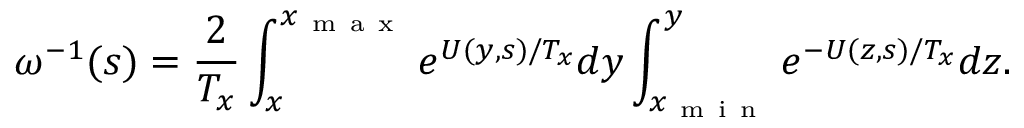
\omega ^ { - 1 } ( s ) = \frac { 2 } { T _ { x } } \int _ { x } ^ { x _ { \mathrm { ~ m ~ a ~ x ~ } } } e ^ { U ( y , s ) / T _ { x } } d y \int _ { x _ { \mathrm { ~ m ~ i ~ n ~ } } } ^ { y } e ^ { - U ( z , s ) / T _ { x } } d z .